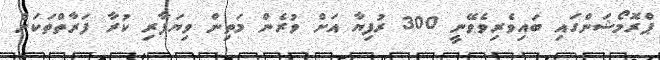
ޕްރޮމޯޝަންގައި ބައިވެރިވެވޭނީ 300 ރުފިޔާ އަށް ވުރެން މަތިން ވިޔަފާރި ކުރާ ފަރާތްތަކަށް